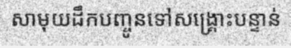
សាមុយដឹកបញ្ចូនទៅសង្គ្រោះបន្ទាន់